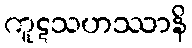
ကူဋသဟဿာနိ